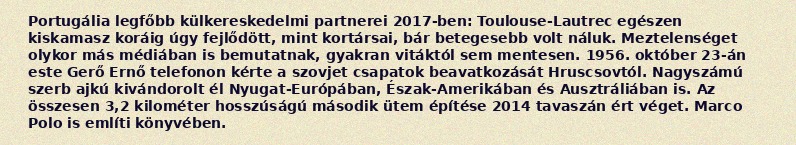
Portugália legfőbb külkereskedelmi partnerei 2017-ben: Toulouse-Lautrec egészen kiskamasz koráig úgy fejlődött, mint kortársai, bár betegesebb volt náluk. Meztelenséget olykor más médiában is bemutatnak, gyakran vitáktól sem mentesen. 1956. október 23-án este Gerő Ernő telefonon kérte a szovjet csapatok beavatkozását Hruscsovtól. Nagyszámú szerb ajkú kivándorolt él Nyugat-Európában, Észak-Amerikában és Ausztráliában is. Az összesen 3,2 kilométer hosszúságú második ütem építése 2014 tavaszán ért véget. Marco Polo is említi könyvében.